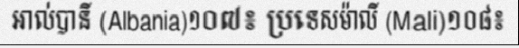
អាល់បានី (Albania)១០៧៖ ប្រទេសម៉ាលី (Mali)១០៨៖